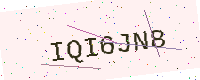
Text: IQI6JN8